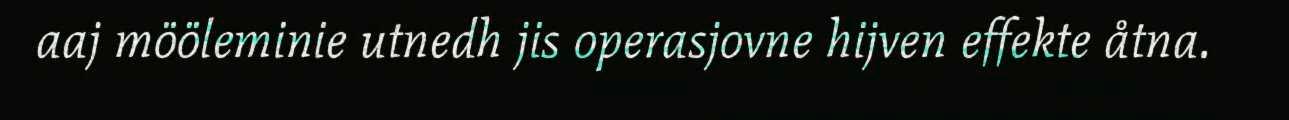
aaj mööleminie utnedh jis operasjovne hijven effekte åtna.